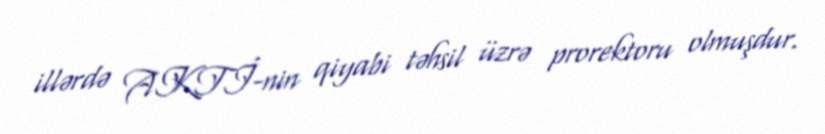
illərdə AKTİ-nin qiyabi təhsil üzrə prorektoru olmuşdur.